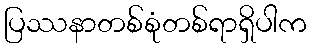
ပြဿနာတစ်စုံတစ်ရာရှိပါက